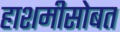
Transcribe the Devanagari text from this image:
हाशमीसोबत